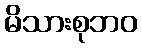
မိသားစုဘဝ